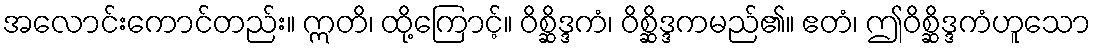
အလောင်းကောင်တည်း။ ဣတိ၊ ထို့ကြောင့်။ ဝိစ္ဆိဒ္ဒကံ၊ ဝိစ္ဆိဒ္ဒကမည်၏။ ဧတံ၊ ဤဝိစ္ဆိဒ္ဒကံဟူသော